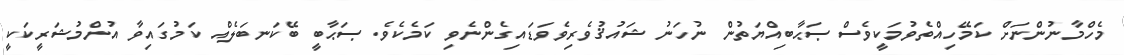
މެހްމާނުންނަށް ކަމޭހިއްތެވުމަކީވެސް ޞަޙާބިއްޔަތުން ނުހަނު ޝައުޤުވެރިވެވަޑައިގެންނެވި ކަމެކެވެ. ޞަޙާބީ ބޭކަނބަލެއް ކަމުގައިވާ އުންމުޝަރީކަކީ